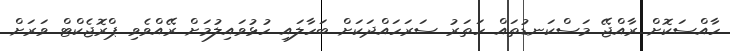
ހާއްސަކޮށް ރާއްޖޭ މަސްކަނޑުތައް ހަތަރު ސަރަހައްދަކަށް ބަހާލައި ހުޅުވައިލުމަށް ރޭއްވެވި ޕްރޮޖެކްޓް ވަރަށް